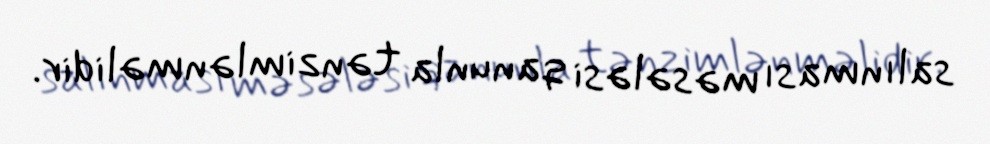
salınması məsələsi qanunla tənzimlənməlidir.